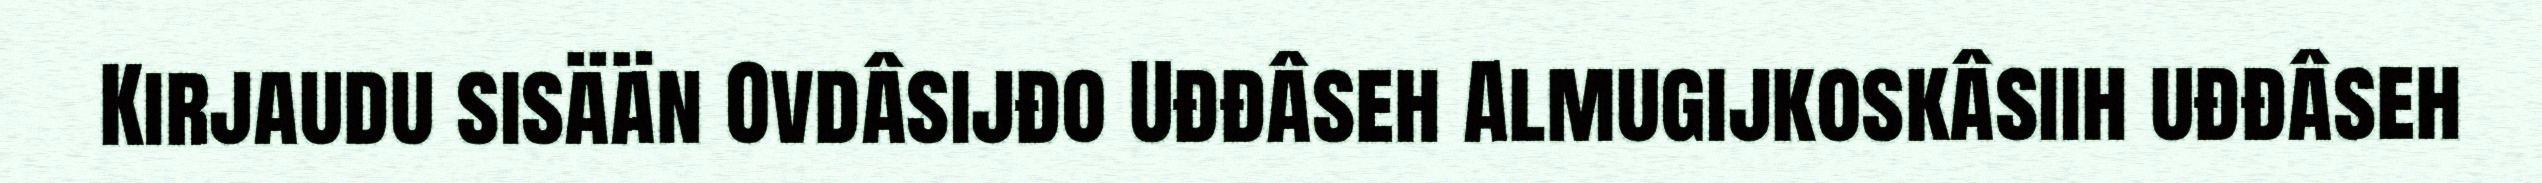
Kirjaudu sisään Ovdâsijđo Uđđâseh Almugijkoskâsiih uđđâseh